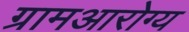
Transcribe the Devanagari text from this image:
ग्रामआरोग्य